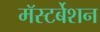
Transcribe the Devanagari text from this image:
मॅस्टर्बेशन